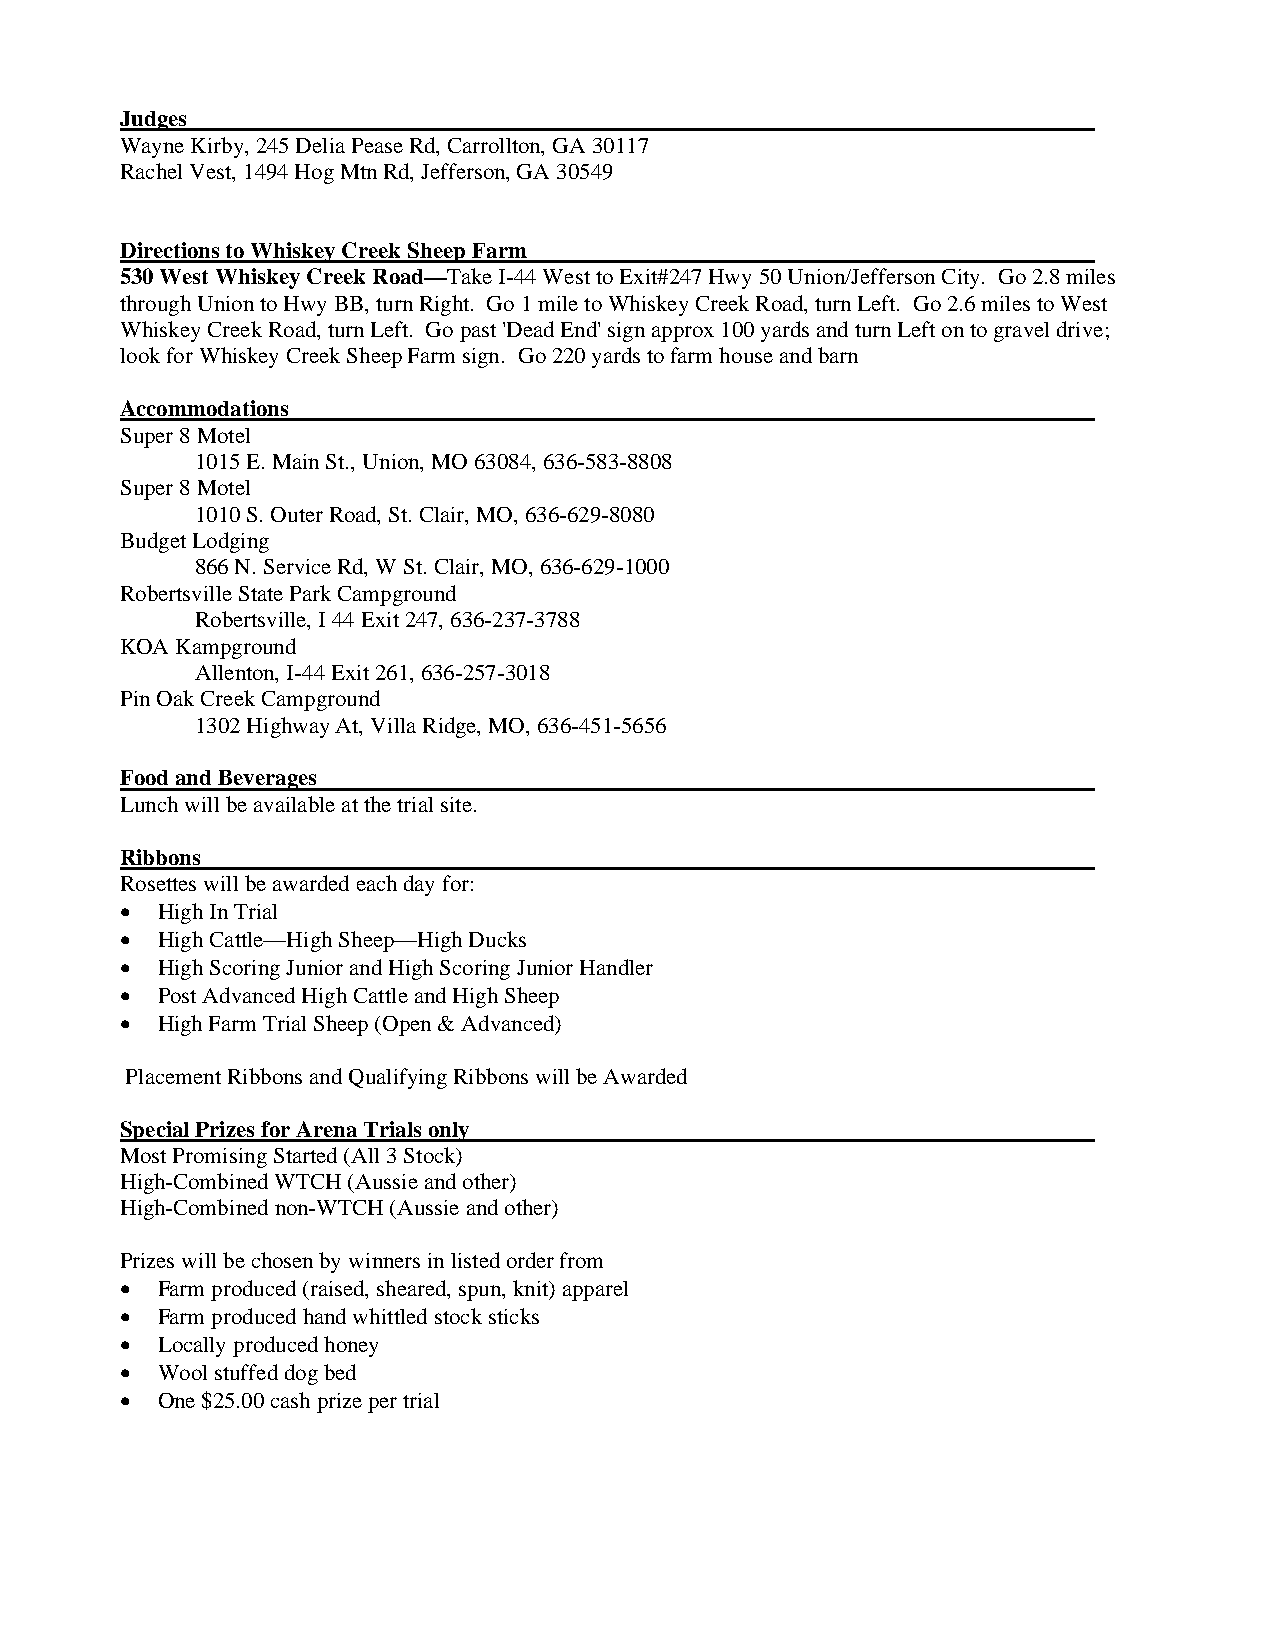
Judges
 Wayne Kirby, 245 Delia Pease Rd, Carrollton, GA 30117
 Rachel Vest, 1494 Hog Mtn Rd, Jefferson, GA 30549
 Directions to Whiskey Creek Sheep Farm
 530 West Whiskey Creek Road—Take I-44 West to Exit#247 Hwy 50 Union/Jefferson City. Go 2.8 miles
 through Union to Hwy BB, turn Right. Go 1 mile to Whiskey Creek Road, turn Left. Go 2.6 miles to West
 Whiskey Creek Road, turn Left. Go past 'Dead End' sign approx 100 yards and turn Left on to gravel drive;
 look for Whiskey Creek Sheep Farm sign. Go 220 yards to farm house and barn
 Accommodations
 Super 8 Motel
 1015 E. Main St., Union, MO 63084, 636-583-8808
 Super 8 Motel
 1010 S. Outer Road, St. Clair, MO, 636-629-8080
 Budget Lodging
 866 N. Service Rd, W St. Clair, MO, 636-629-1000
 Robertsville State Park Campground
 Robertsville, I 44 Exit 247, 636-237-3788
 KOA Kampground
 Allenton, I-44 Exit 261, 636-257-3018
 Pin Oak Creek Campground
 1302 Highway At, Villa Ridge, MO, 636-451-5656
 Food and Beverages
 Lunch will be available at the trial site.
 Ribbons
 Rosettes will be awarded each day for:
 • High In Trial
 • High Cattle—High Sheep—High Ducks
 • High Scoring Junior and High Scoring Junior Handler
 • Post Advanced High Cattle and High Sheep
 • High Farm Trial Sheep (Open & Advanced)
 Placement Ribbons and Qualifying Ribbons will be Awarded
 Special Prizes for Arena Trials only
 Most Promising Started (All 3 Stock)
 High-Combined WTCH (Aussie and other)
 High-Combined non-WTCH (Aussie and other)
 Prizes will be chosen by winners in listed order from
 • Farm produced (raised, sheared, spun, knit) apparel
 • Farm produced hand whittled stock sticks
 • Locally produced honey
 • Wool stuffed dog bed
 • One $25.00 cash prize per trial